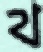
থ